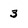
Character: 3